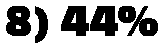
8) 44%